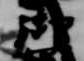
御